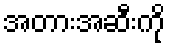
အတားအဆီးကို